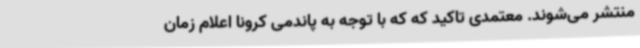
منتشر می‌شوند. معتمدی تاکید که که با توجه به پاندمی کرونا اعلام زمان